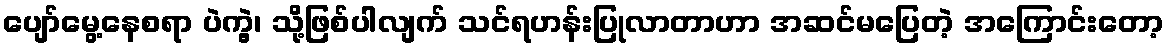
ပျော်မွေ့နေစရာ ပဲကွဲ့၊ သို့ဖြစ်ပါလျက် သင်ရဟန်းပြုလာတာဟာ အဆင်မပြေတဲ့ အကြောင်းတော့